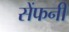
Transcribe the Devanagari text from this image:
सेंफनी